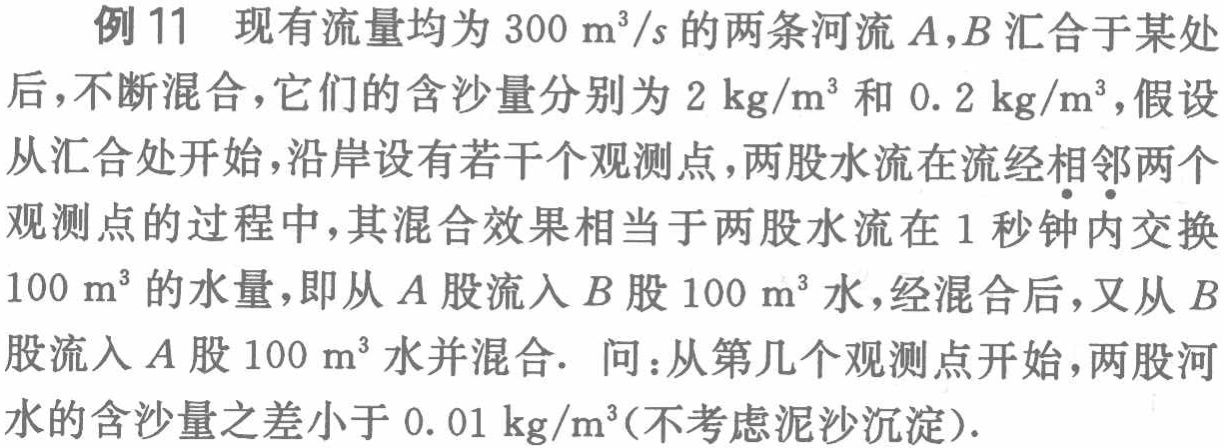
例 11 现有流量均为 \(300\ m^{3}/s\) 的两条河流 \(A,B\) 汇合于某处后，不断混合，它们的含沙量分别为 \(2\ kg/m^{3}\) 和 \(0.2\ kg/m^{3}\)，假设从汇合处开始，沿岸设有若干个观测点，两股水流在流经相邻两个观测点的过程中，其混合效果相当于两股水流在 1 秒钟内交换 \(100\ m^{3}\) 的水量，即从 \(A\) 股流入 \(B\) 股 \(100\ m^{3}\) 水，经混合后，又从 \(B\) 股流入 \(A\) 股 \(100\ m^{3}\) 水并混合. 问：从第几个观测点开始，两股河水的含沙量之差小于 \(0.01\ kg/m^{3}\)(不考虑泥沙沉淀).